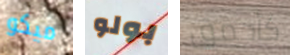
ميكو بولو كأحمق